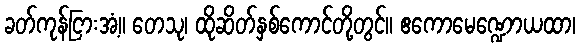
ခတ်ကုန်ငြားအံ့။ တေသု၊ ထိုဆိတ်နှစ်ကောင်တို့တွင်။ ဧကောမေဏ္ဍောယထာ၊